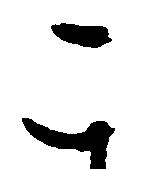
こ